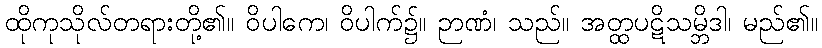
ထိုကုသိုလ်တရားတို့၏။ ဝိပါကေ၊ ဝိပါက်၌။ ဉာဏံ၊ သည်။ အတ္ထပဋိသမ္ဘိဒါ၊ မည်၏။